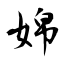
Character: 婂